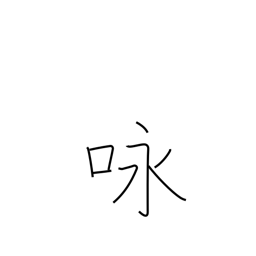
Meaning: recitation